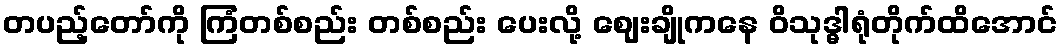
တပည့်တော်ကို ကြံတစ်စည်း တစ်စည်း ပေးလို့ ဈေးချိုကနေ ဝိသုဒ္ဓါရုံတိုက်ထိအောင်